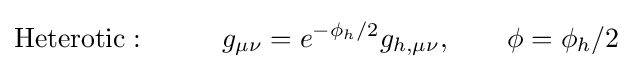
{\text{Heterotic}}:\ \ \ \ \ \ \ \ g_{\mu \nu }=e^{-\phi _{h}/2}g_{h,\mu \nu },\ \ \ \ \ \ \phi =\phi _{h}/2